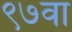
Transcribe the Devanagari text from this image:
९७वा